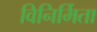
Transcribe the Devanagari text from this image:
विनिर्मिता